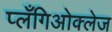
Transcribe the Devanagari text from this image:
प्लँगिओक्लेज